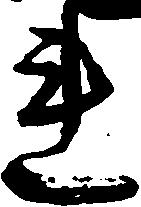
連